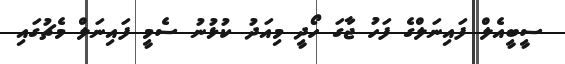
ސީބީއެލް ފައިނަލްގެ ފަހު ޖާގަ ހޯދީ މިއަދު ކުޅުނު ސެމީ ފައިނަލް މެޗުގައި